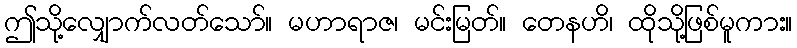
ဤသို့လျှောက်လတ်သော်။ မဟာရာဇ၊ မင်းမြတ်။ တေနဟိ၊ ထိုသို့ဖြစ်မူကား။